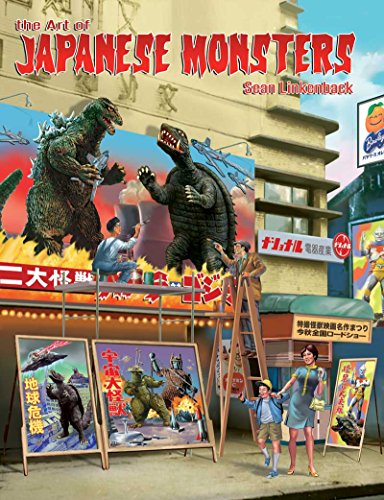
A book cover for The Art of Japanese Monsters; Sean Linkenback; Crafts, Hobbies & Home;